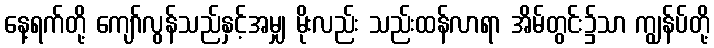
နေ့ရက်တို့ ကျော်လွန်သည်နှင့်အမျှ မိုးလည်း သည်းထန်လာရာ အိမ်တွင်း၌သာ ကျွန်ပ်တို့